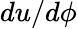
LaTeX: du/d\phi